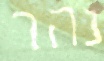
נהר